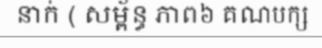
នាក់ ( សម្ព័ន្ធ ភាព៦ គណបក្ស